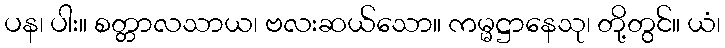
ပန၊ ပါး။ စတ္တာလသာယ၊ ဗလးဆယ်သော။ ကမ္မဋ္ဌာနေသု၊ တို့တွင်။ ယံ၊